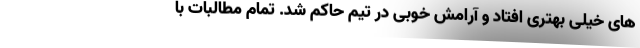
های خیلی بهتری افتاد و آرامش خوبی در تیم حاکم شد. تمام مطالبات با